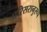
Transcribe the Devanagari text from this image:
परिसरानुरूप